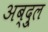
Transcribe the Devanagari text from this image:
अब्दु्ल